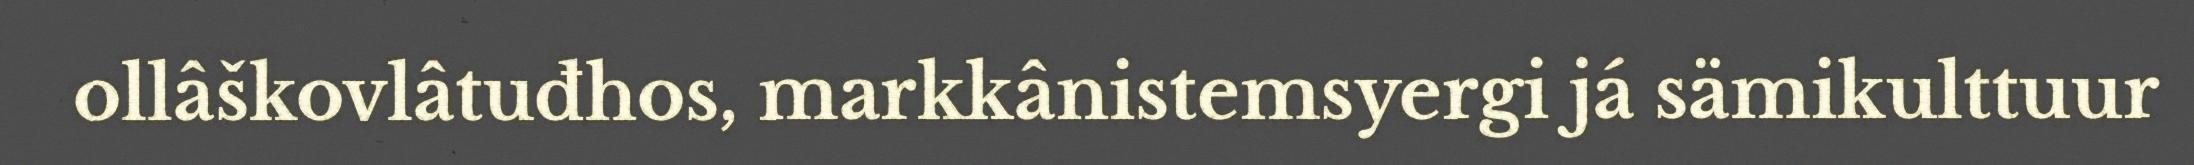
ollâškovlâtuđhos, markkânistemsyergi já sämikulttuur